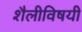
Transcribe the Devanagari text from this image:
शैलीविषयी